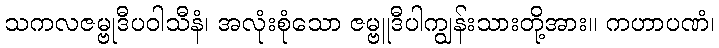
သကလဇမ္ဗုဒီပဝါသီနံ၊ အလုံးစုံသော ဇမ္ဗူဒီပါကျွန်းသားတို့အား။ ကဟာပဏံ၊